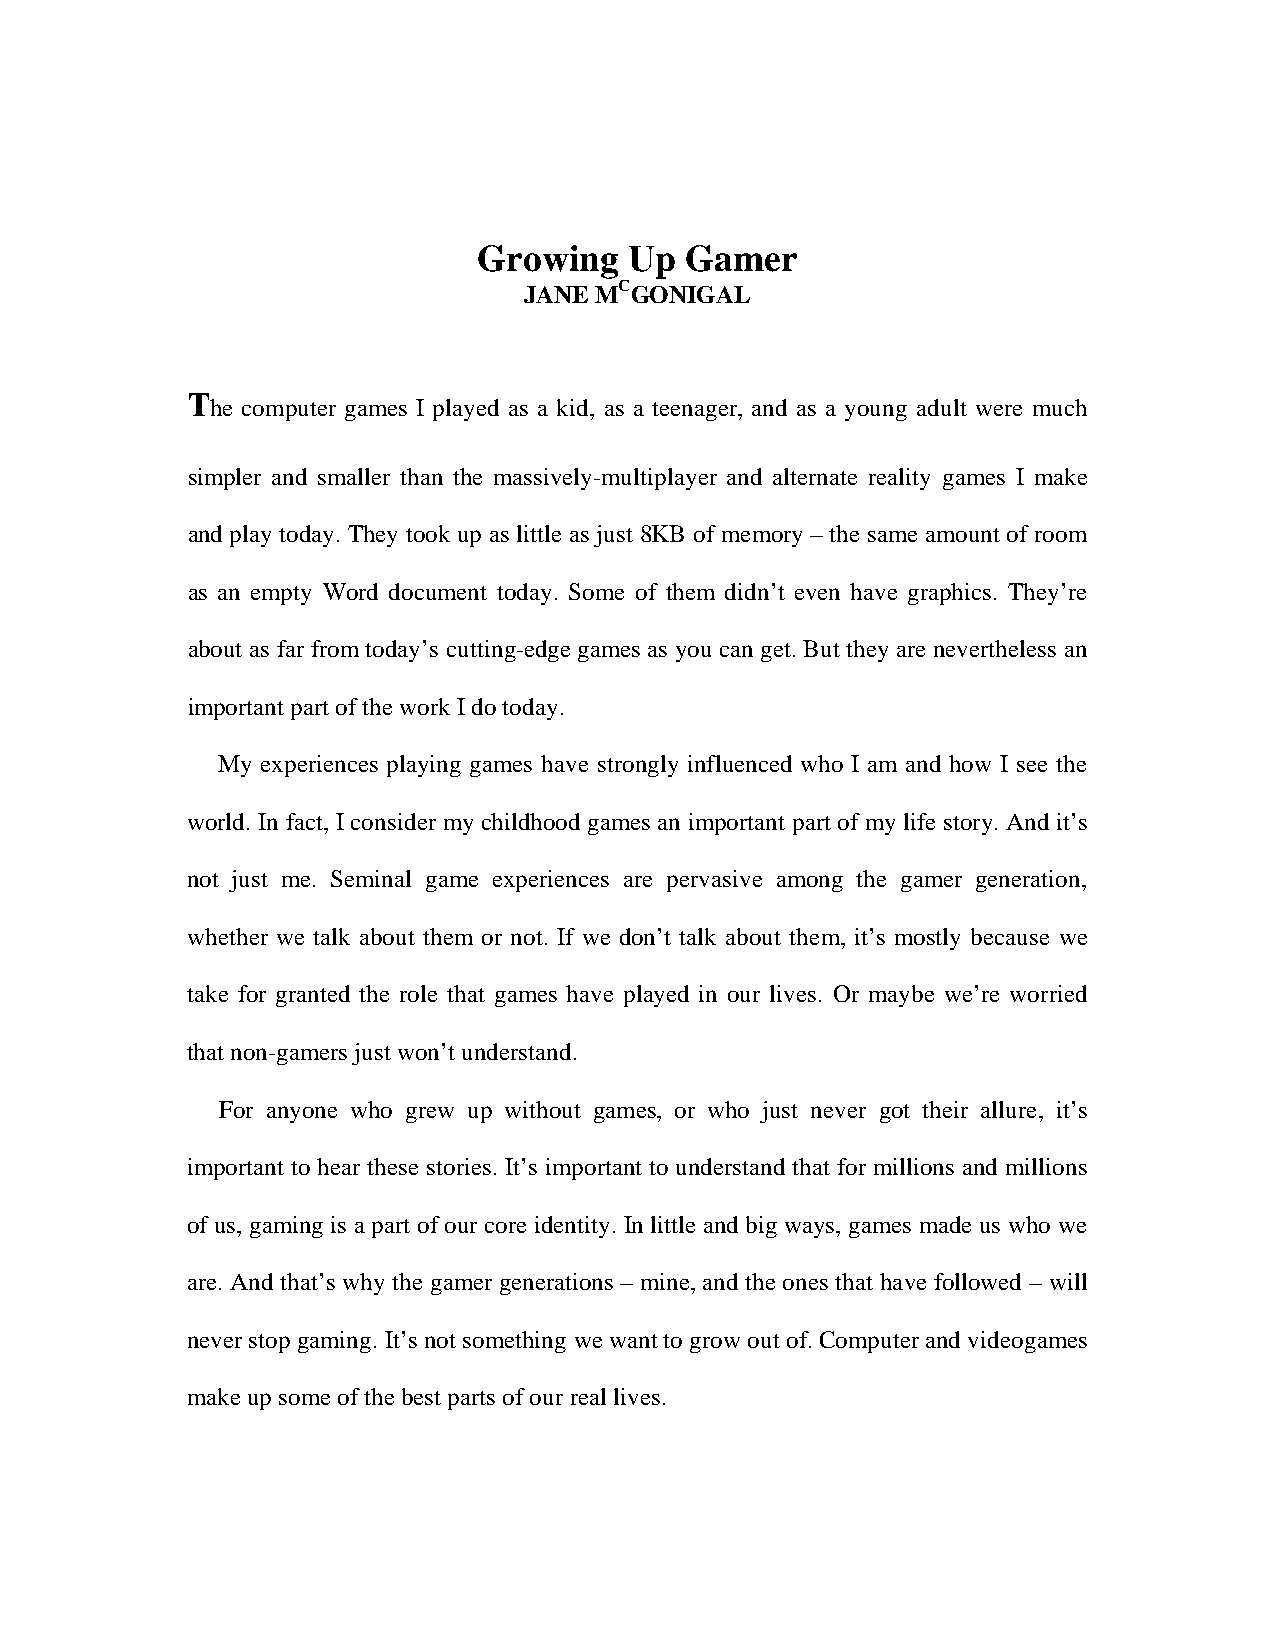
Growing   Up Gamer
 JANE MCGONIGAL
 T
 he computer games I played as a kid, as a teenager, and as a young adult were much
 simpler and smaller than the massively-multiplayer and alternate reality games I make
 and play today. They took up as little as just 8KB of memory – the same amount of room
 as an empty Word document today. Some of them didn’t even have graphics. They’re
 about as far from today’s cutting-edge games as you can get. But they are nevertheless an
 important part of the work I do today.
 My experiences playing games have strongly influenced who I am and how I see the
 world. In fact, I consider my childhood games an important part of my life story. And it’s
 not just me. Seminal game experiences are pervasive among the gamer generation,
 whether we talk about them or not. If we don’t talk about them, it’s mostly because we
 take for granted the role that games have played in our lives. Or maybe we’re worried
 that non-gamers just won’t understand.
 For anyone who grew up without games, or who just never got their allure, it’s
 important to hear these stories. It’s important to understand that for millions and millions
 of us, gaming is a part of our core identity. In little and big ways, games made us who we
 are. And that’s why the gamer generations – mine, and the ones that have followed – will
 never stop gaming. It’s not something we want to grow out of. Computer and videogames
 make up some of the best parts of our real lives.